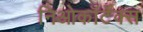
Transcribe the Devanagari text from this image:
निओकॉर्टेक्स